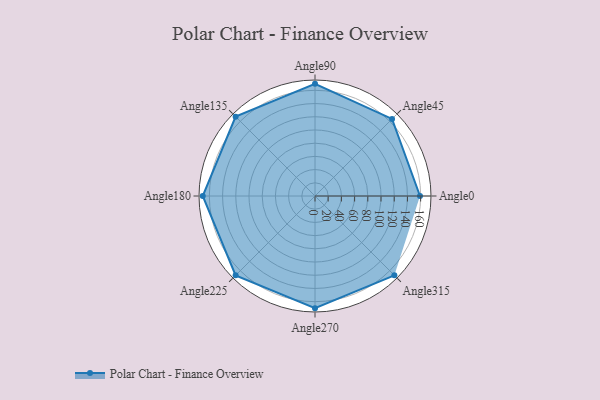
{"axis": {"x": "Angle", "y": "Radius"}, "legend": [""], "data": [{"x": "Angle0", "y": 159.0, "type": ""}, {"x": "Angle45", "y": 165.0, "type": ""}, {"x": "Angle90", "y": 170, "type": ""}, {"x": "Angle135", "y": 170, "type": ""}, {"x": "Angle180", "y": 170, "type": ""}, {"x": "Angle225", "y": 170, "type": ""}, {"x": "Angle270", "y": 170, "type": ""}, {"x": "Angle315", "y": 170, "type": ""}]}